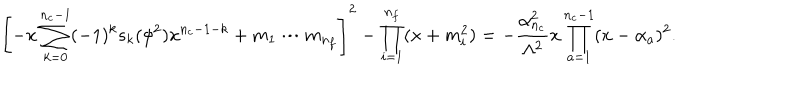
LaTeX: \left[ - x \sum _ { k = 0 } ^ { n _ { c } - 1 } ( - 1 ) ^ { k } s _ { k } ( \phi ^ { 2 } ) x ^ { n _ { c } - 1 - k } + m _ { 1 } \cdots m _ { n _ { f } } \right] ^ { 2 } - \prod _ { i = 1 } ^ { n _ { f } } ( x + m _ { i } ^ { 2 } ) = - \frac { \alpha _ { n _ { c } } ^ { 2 } } { \Lambda ^ { 2 } } x \prod _ { a = 1 } ^ { n _ { c } - 1 } ( x - \alpha _ { a } ) ^ { 2 } .